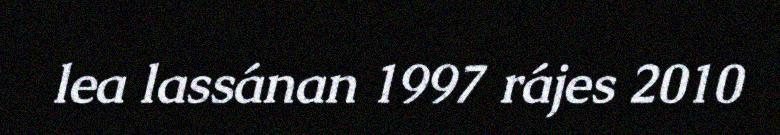
lea lassánan 1997 rájes 2010